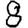
Digit: 8